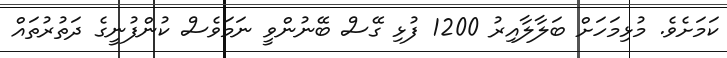
ކަމަށެވެ. މުޅިމަހަށް ބަލާލާއިރު 1200 ފުޅި ގޭސް ބޭނުންވީ ނަމަވެސް ކުންފުނީގެ ދަތުރުތައް